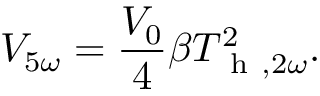
V _ { 5 \omega } = \frac { V _ { 0 } } { 4 } \beta T _ { \mathrm { ~ h ~ } , 2 \omega } ^ { 2 } { . }